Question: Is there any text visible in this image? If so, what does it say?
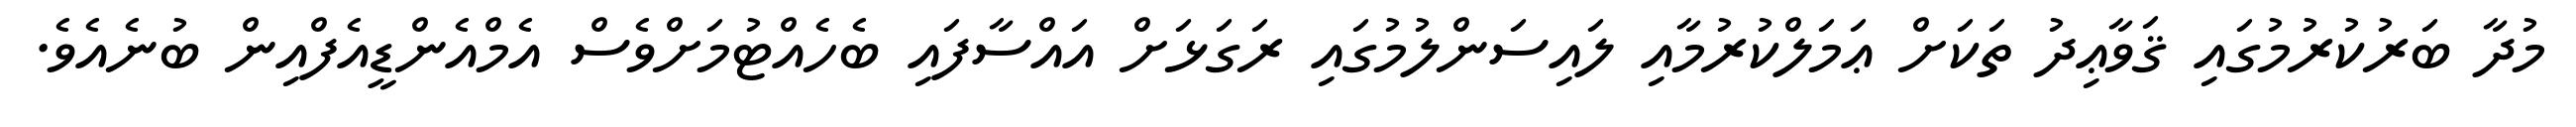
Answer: މުދާ ބަރުކުރުމުގައި ޤަވާޢިދު ތަކަށް ޢަމަލްކުރުމާއި ލައިސަންލުމުގައި ރަގަޅަށް އައްސާފައި ބެހެއްޓުމަށްވެސް އެމްއެންޑީއެފްއިން ބުނެއެވެ.